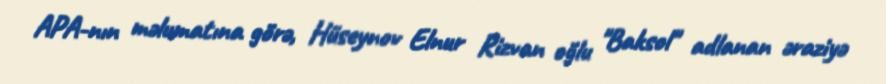
APA-nın məlumatına görə, Hüseynov Elnur Rizvan oğlu "Baksol" adlanan əraziyə